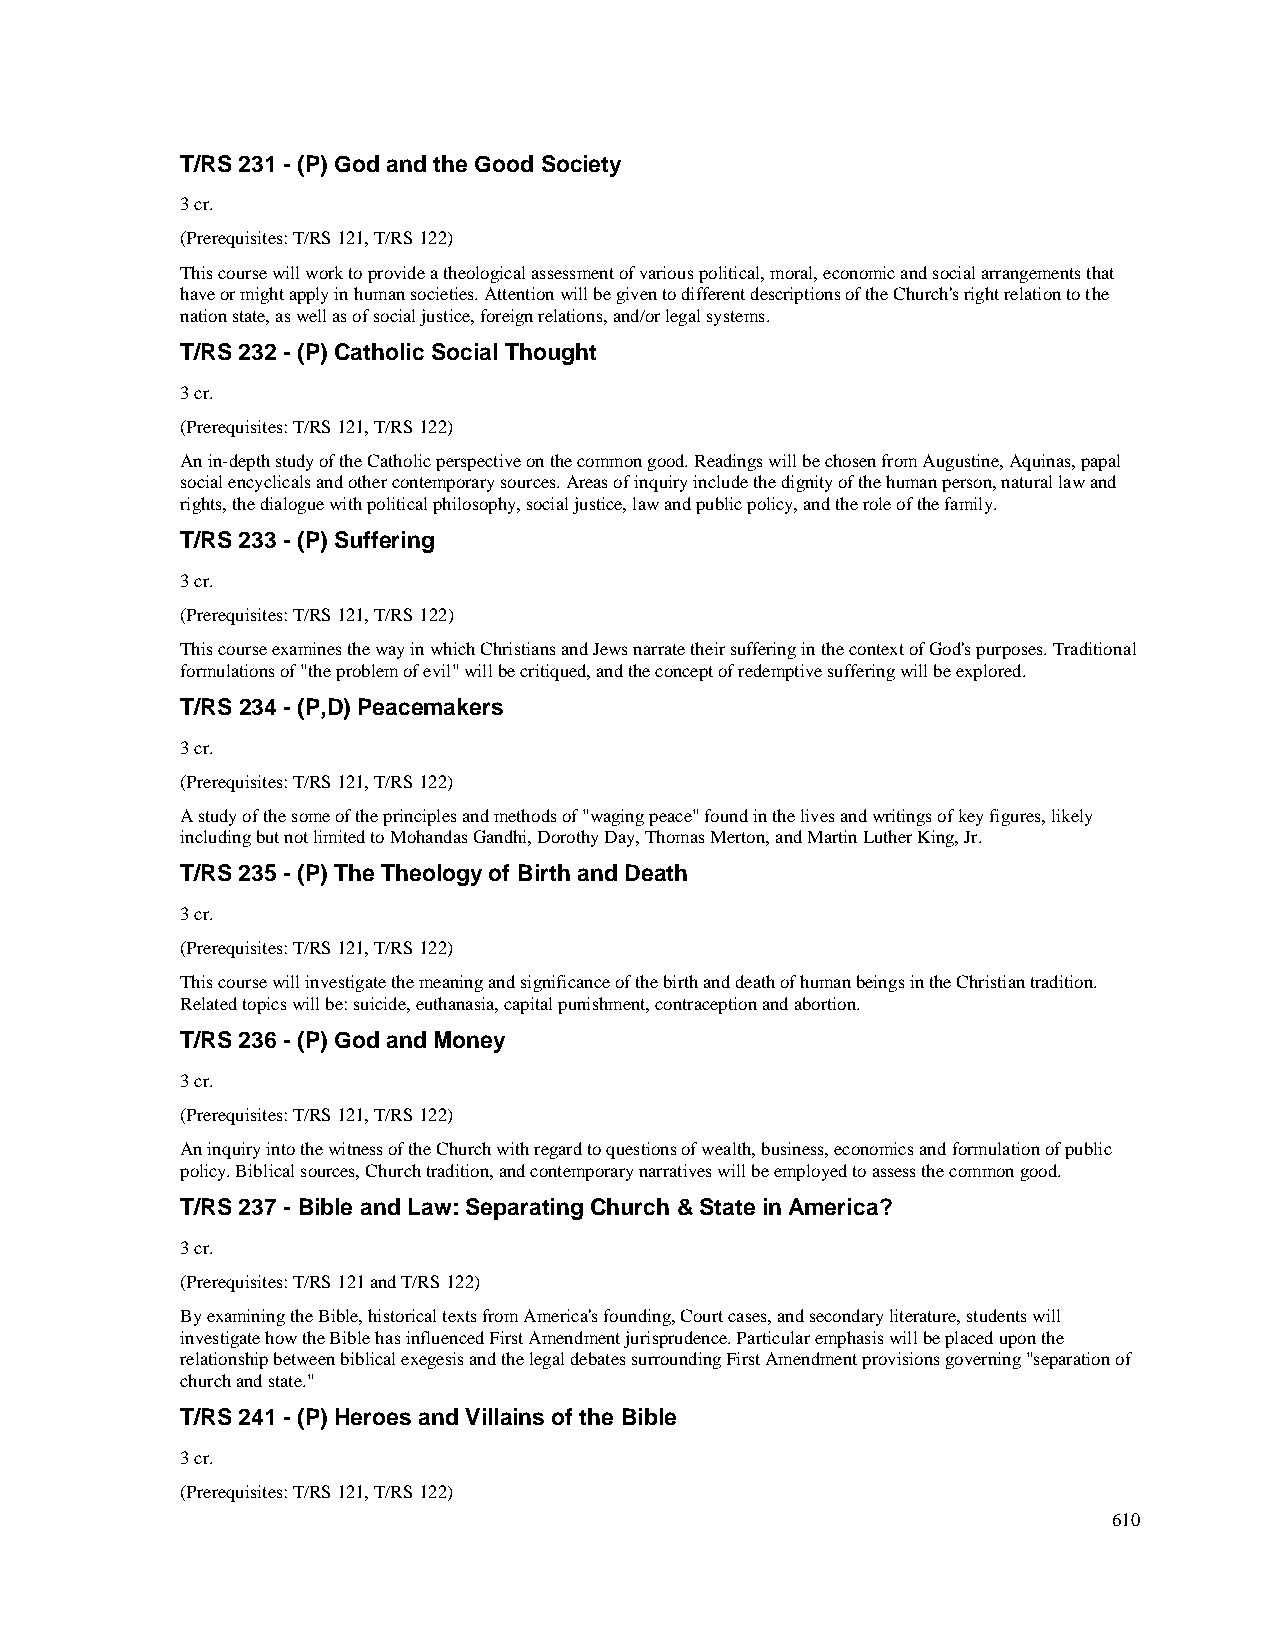
T/RS 231 - (P) God and the Good Society
 3 cr.
 (Prerequisites: T/RS 121, T/RS 122)
 This course will work to provide a theological assessment of various political, moral, economic and social arrangements that
 have or might apply in human societies. Attention will be given to different descriptions of the Church's right relation to the
 nation state, as well as of social justice, foreign relations, and/or legal systems.
 T/RS 232 - (P) Catholic Social Thought
 3 cr.
 (Prerequisites: T/RS 121, T/RS 122)
 An in-depth study of the Catholic perspective on the common good. Readings will be chosen from Augustine, Aquinas, papal
 social encyclicals and other contemporary sources. Areas of inquiry include the dignity of the human person, natural law and
 rights, the dialogue with political philosophy, social justice, law and public policy, and the role of the family.
 T/RS 233 - (P) Suffering
 3 cr.
 (Prerequisites: T/RS 121, T/RS 122)
 This course examines the way in which Christians and Jews narrate their suffering in the context of God's purposes. Traditional
 formulations of "the problem of evil" will be critiqued, and the concept of redemptive suffering will be explored.
 T/RS 234 - (P,D) Peacemakers
 3 cr.
 (Prerequisites: T/RS 121, T/RS 122)
 A study of the some of the principles and methods of "waging peace" found in the lives and writings of key figures, likely
 including but not limited to Mohandas Gandhi, Dorothy Day, Thomas Merton, and Martin Luther King, Jr.
 T/RS 235 - (P) The Theology of Birth and Death
 3 cr.
 (Prerequisites: T/RS 121, T/RS 122)
 This course will investigate the meaning and significance of the birth and death of human beings in the Christian tradition.
 Related topics will be: suicide, euthanasia, capital punishment, contraception and abortion.
 T/RS 236 - (P) God and Money
 3 cr.
 (Prerequisites: T/RS 121, T/RS 122)
 An inquiry into the witness of the Church with regard to questions of wealth, business, economics and formulation of public
 policy. Biblical sources, Church tradition, and contemporary narratives will be employed to assess the common good.
 T/RS 237 - Bible and Law: Separating Church & State in America?
 3 cr.
 (Prerequisites: T/RS 121 and T/RS 122)
 By examining the Bible, historical texts from America's founding, Court cases, and secondary literature, students will
 investigate how the Bible has influenced First Amendment jurisprudence. Particular emphasis will be placed upon the
 relationship between biblical exegesis and the legal debates surrounding First Amendment provisions governing "separation of
 church and state."
 T/RS 241 - (P) Heroes and Villains of the Bible
 3 cr.
 (Prerequisites: T/RS 121, T/RS 122)
 610